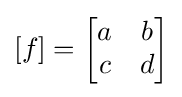
[f]={\begin{bmatrix}a&b\\c&d\end{bmatrix}}